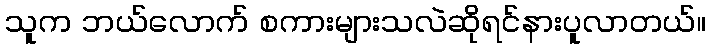
သူက ဘယ်လောက် စကားများသလဲဆိုရင်နားပူလာတယ်။